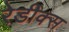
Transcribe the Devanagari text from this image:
रेडीक्स